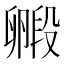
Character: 毈